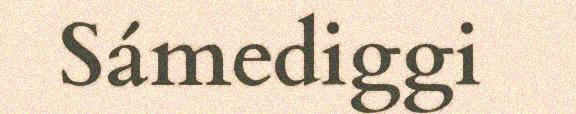
Sámediggi